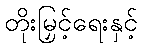
တိုးမြှင့်ရေးနှင့်